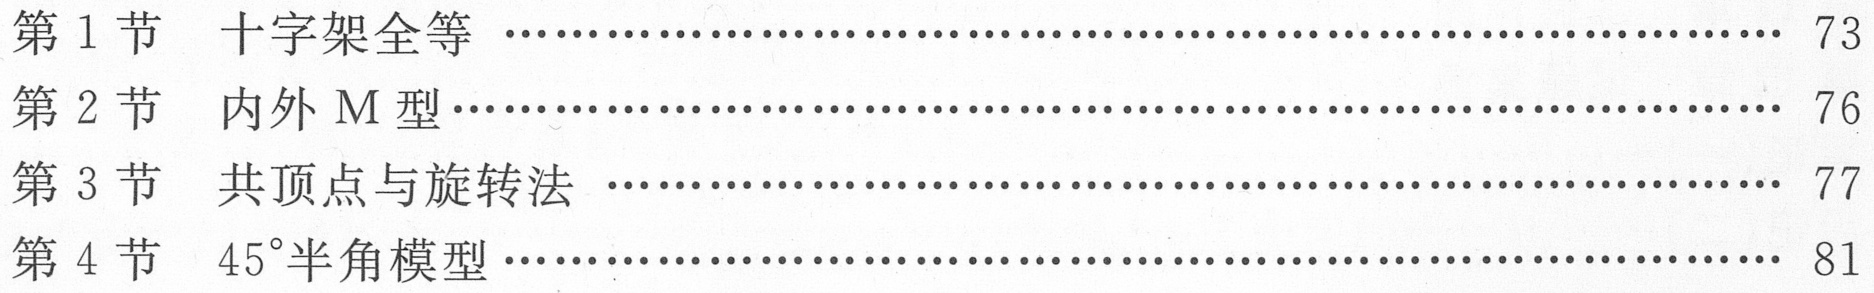
第 1 节  十字架全等 ……………………………………………………… 73
第 2 节  内外 M 型……………………………………………………… 76
第 3 节  共顶点与旋转法 ………………………………………………… 77
第 4 节  \(45^{\circ}\)半角模型…………………………………………………… 81